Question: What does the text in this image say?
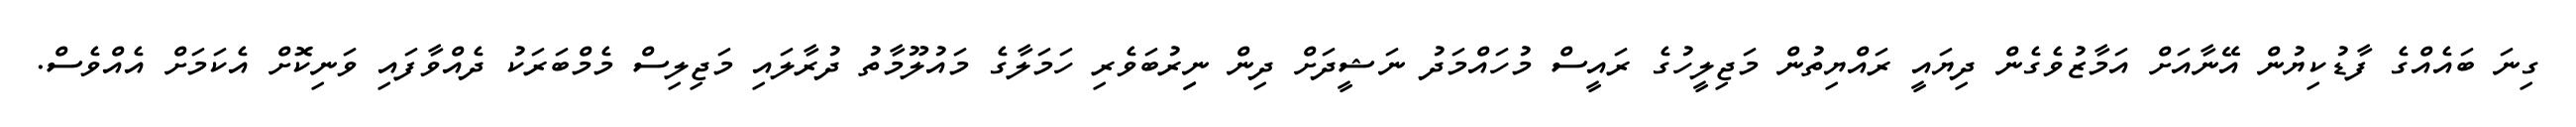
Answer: ގިނަ ބައެއްގެ ފާޑުކިޔުން އޭނާއަށް އަމާޒުވެގެން ދިޔައީ ރައްޔިތުން މަޖިލީހުގެ ރައީސް މުހައްމަދު ނަޝީދަށް ދިން ނިިރުބަވެރި ހަމަލާގެ މައުލޫމާތު ދުރާލައި މަޖިލިސް މެމްބަރަކު ދެއްވާފައި ވަނިކޮށް އެކަމަށް އެއްވެސް.